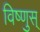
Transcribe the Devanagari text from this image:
विष्णुस्